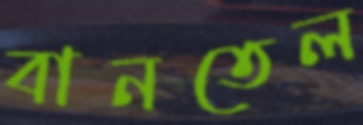
বানতেল